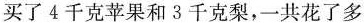
买了4千克苹果和3千克梨，一共花了多